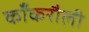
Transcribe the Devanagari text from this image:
काँकरौली